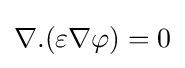
\nabla .(\varepsilon \nabla \varphi )=0